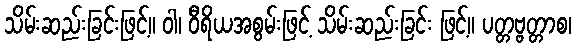
သိမ်းဆည်းခြင်းဖြင့်။ ဝါ၊ ဝီရိယအစွမ်းဖြင့် သိမ်းဆည်းခြင်း ဖြင့်။ ပတ္တဗ္ဗတ္တာစ၊